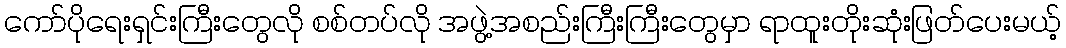
ကော်ပိုရေးရှင်းကြီးတွေလို စစ်တပ်လို အဖွဲ့အစည်းကြီးကြီးတွေမှာ ရာထူးတိုးဆုံးဖြတ်ပေးမယ့်